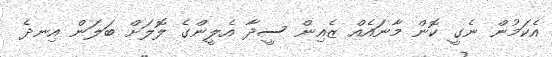
އެކަމުން ނެގީ ކޮން މާނައެއް ޒެއިން ސީދާ އެލީންގެ ލޮލަށް ބަލަން އިނދެ